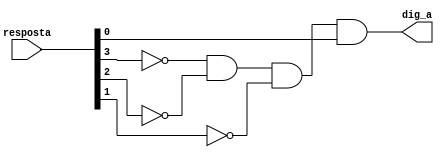
module a(resposta, dig_a);
	input [3:0] resposta;
	output dig_a;
	
	wire aux1, aux2, aux3;
	
	not not0(aux1, resposta[3]);
	not not1(aux2, resposta[2]);
	not not2(aux3, resposta[1]);
	and and0(dig_a, aux1, aux2, aux3, resposta[0]);
endmodule